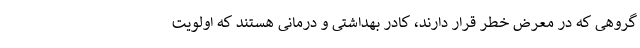
گروهی که در معرض خطر قرار دارند، کادر بهداشتی و درمانی هستند که اولویت